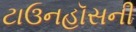
ટાઉનહૉસની